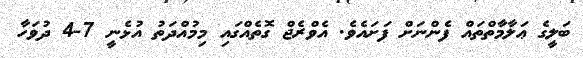
ބަލީގެ ޢަލާމާތްތައް ފެންނަށް ފަށައެވެ. އެވްރެޖް ގޮތެއްގައި މިމުއްދަތު އުޅެނީ 7-4 ދުވަހާ